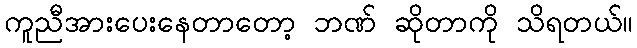
ကူညီအားပေးနေတာတော့ ဘဏ် ဆိုတာကို သိရတယ်။